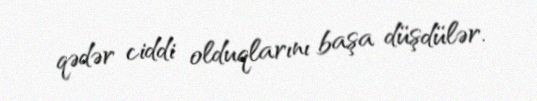
qədər ciddi olduqlarını başa düşdülər.